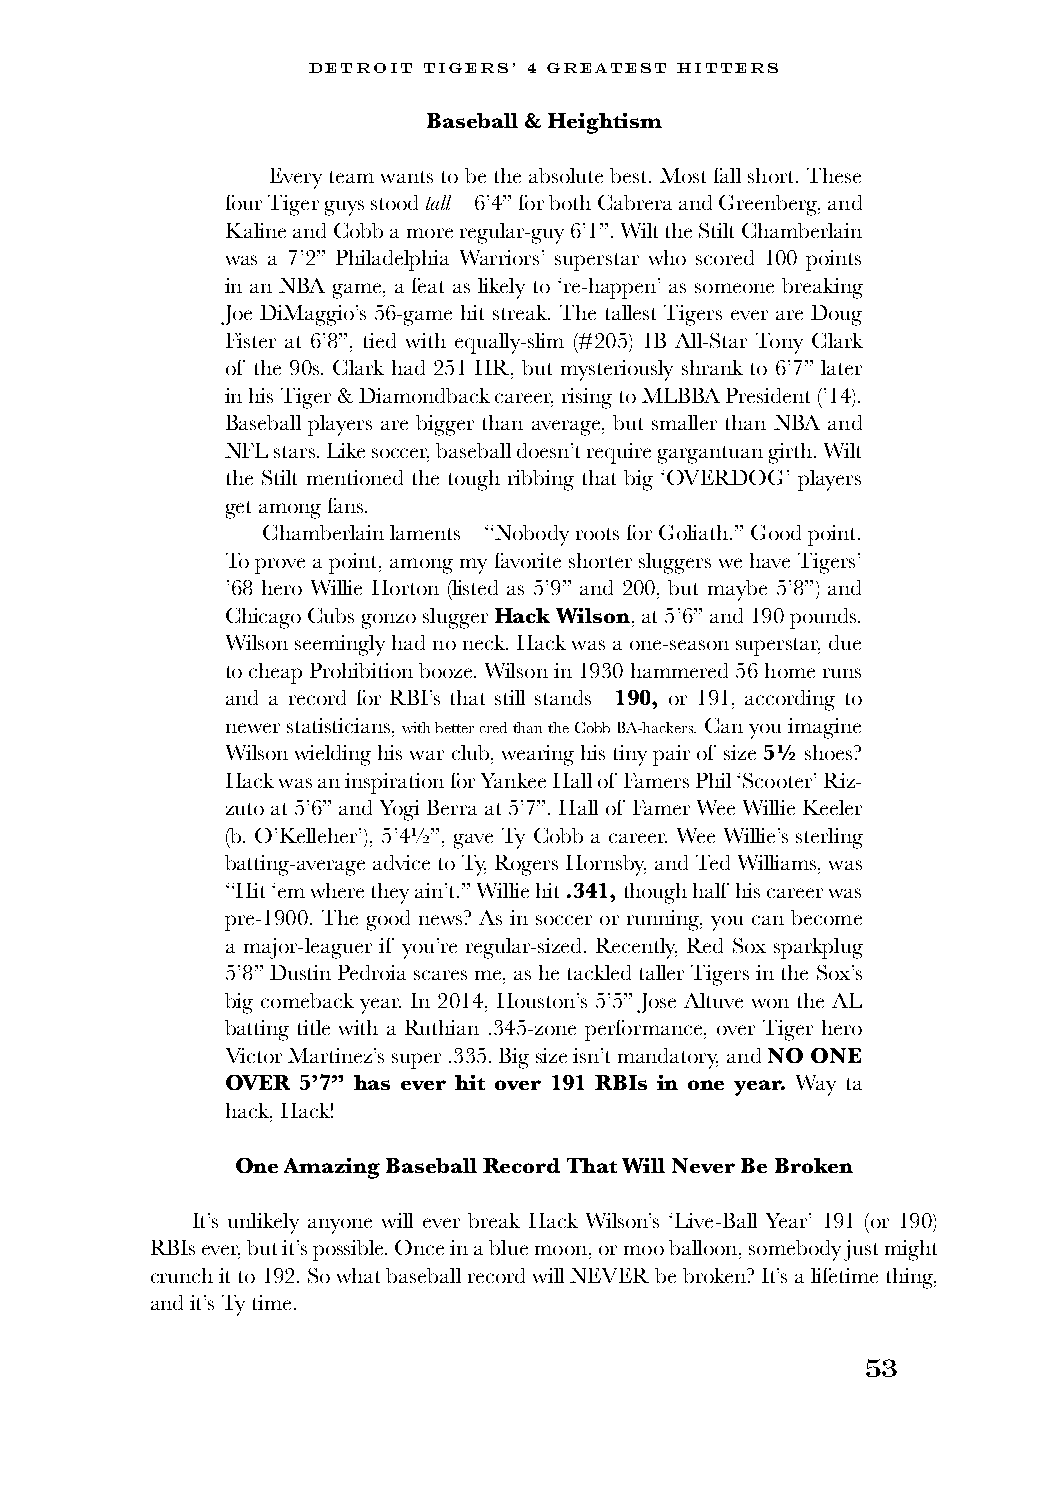
DETROIT TIGERS’ 4 GREATEST HITTERS
 Baseball & Heightism
 Every team wants to be the absolute best. Most fall short. These
 four Tiger guys stood tall—6’4” for both Cabrera and Greenberg, and
 Kaline and Cobb a more regular-guy 6’1”. Wilt the Stilt Chamberlain
 was a 7’2” Philadelphia Warriors’ superstar who scored 100 points
 in an NBA game, a feat as likely to ‘re-happen’ as someone breaking
 Joe DiMaggio’s 56-game hit streak. The tallest Tigers ever are Doug
 Fister at 6’8”, tied with equally-slim (#205) 1B All-Star Tony Clark
 of the 90s. Clark had 251 HR, but mysteriously shrank to 6’7” later
 in his Tiger & Diamondback career, rising to MLBBA President (’14).
 Baseball players are bigger than average, but smaller than NBA and
 NFL stars. Like soccer, baseball doesn’t require gargantuan girth. Wilt
 the Stilt mentioned the tough ribbing that big ‘OVERDOG’ players
 get among fans.
 Chamberlain laments—“Nobody roots for Goliath.” Good point.
 To prove a point, among my favorite shorter sluggers we have Tigers’
 ’68 hero Willie Horton (listed as 5’9” and 200, but maybe 5’8”) and
 Chicago Cubs gonzo slugger Hack Wilson, at 5’6” and 190 pounds.
 Wilson seemingly had no neck. Hack was a one-season superstar, due
 to cheap Prohibition booze. Wilson in 1930 hammered 56 home runs
 and a record for RBI’s that still stands—190, or 191, according to
 newer statisticians, with better cred than the Cobb BA-hackers. Can you imagine
 Wilson wielding his war club, wearing his tiny pair of size 5½ shoes?
 Hack was an inspiration for Yankee Hall of Famers Phil ‘Scooter’ Riz-
 zuto at 5’6” and Yogi Berra at 5’7”. Hall of Famer Wee Willie Keeler
 (b. O’Kelleher’), 5’4½”, gave Ty Cobb a career. Wee Willie’s sterling
 batting-average advice to Ty, Rogers Hornsby, and Ted Williams, was
 “Hit ‘em where they ain’t.” Willie hit .341, though half his career was
 pre-1900. The good news? As in soccer or running, you can become
 a major-leaguer if you’re regular-sized. Recently, Red Sox sparkplug
 5’8” Dustin Pedroia scares me, as he tackled taller Tigers in the Sox’s
 big comeback year. In 2014, Houston’s 5’5” Jose Altuve won the AL
 batting title with a Ruthian .345-zone performance, over Tiger hero
 Victor Martinez’s super .335. Big size isn’t mandatory, and NO ONE
 OVER 5’7” has ever hit over 191 RBIs in one year. Way ta
 hack, Hack!
 One Amazing Baseball Record That Will Never Be Broken
 It’s unlikely anyone will ever break Hack Wilson’s ‘Live-Ball Year’ 191 (or 190)
 RBIs ever, but it’s possible. Once in a blue moon, or moo balloon, somebody just might
 crunch it to 192. So what baseball record will NEVER be broken? It’s a lifetime thing,
 and it’s Ty time.
 53